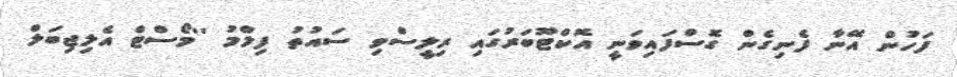
ފަހުން އޭނާ ފެނިގެން ގޮސްފައިވަނީ އޮކްޓޫބަރުގައި ރިލީސްވި ސައުތު ފިލްމު ''މޯސްޓް އެލިޖިބަލް